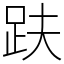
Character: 趺